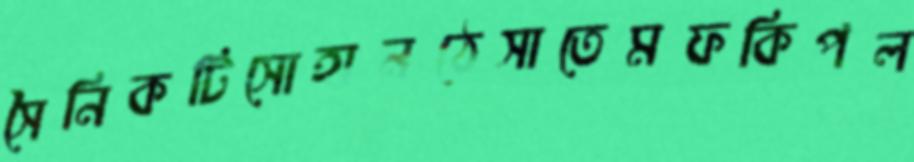
সৈনিকটিসোহানঠেসাতেমফকিপল